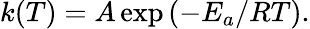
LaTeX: k(T)=A\exp\left(-E_{a}/RT\right).